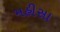
મહીસા